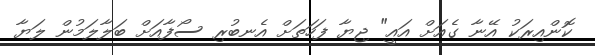
ކޮންއިރަކު އޭނާ ގެއަށް އައީ" ޖިޔާ ފަހަތަށް އެނބުރި ސޯފާއަށް ބަލާލަމުން ލަޔާ